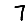
Digit: 7